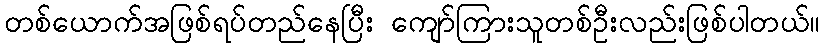
တစ်ယောက်အဖြစ်ရပ်တည်နေပြီး ကျော်ကြားသူတစ်ဦးလည်းဖြစ်ပါတယ်။